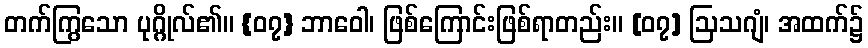
တက်ကြွသော ပုဂ္ဂိုလ်၏။ {၀၇} ဘာဝေါ၊ ဖြစ်ကြောင်းဖြစ်ရာတည်း။ [၀၇] ဩသဂျံ၊ အထက်၌